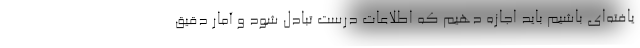
یافته‌ای باشیم باید اجازه دهیم که اطلاعات درست تبادل شود و آمار دقیق